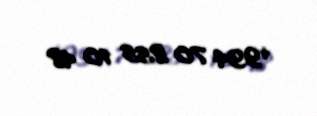
+994 70 855 10 48